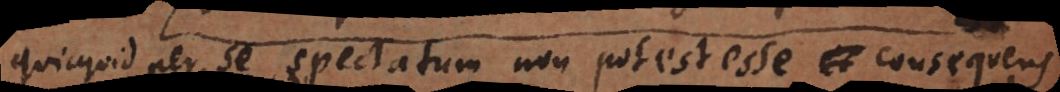
Quicquid per se spectatum non potest esse consequens,